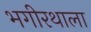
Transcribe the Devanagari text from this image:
भगीरथाला